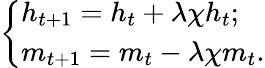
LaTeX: \left\{ \begin{array}{ll}{h_{t+1}=h_{t}+\lambda\chi h_{t};}\\ {m_{t+1}=m_{t}-\lambda\chi m_{t}.}\end{array}\right.